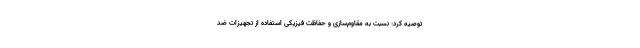
توصیه کرد: نسبت به مقاوم‌سازی و حفاظت فیزیکی استفاده از تجهیزات ضد